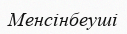
Менсінбеуші